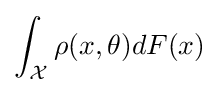
\int _{\mathcal {X}}\rho (x,\theta )dF(x)